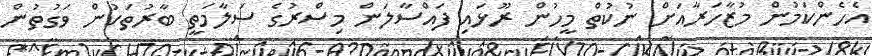
އެހެންކަމުން މުޒާހަރާއަށް ނުކުތް މީހުން ރޫޅައި ފައްސާލަން މިސްރުގެ ސަލާމަތީ ބާރުތަކުން ވަގުތުން